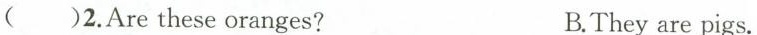
()2.Arethese oranges? B.They are pigs.